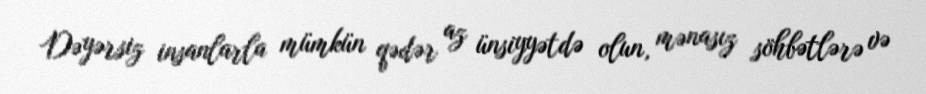
Dəyərsiz insanlarla mümkün qədər az ünsiyyətdə olun, mənasız söhbətlərə və